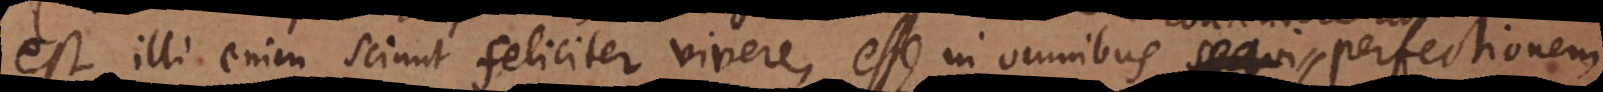
est, illi enim sciunt feliciter vivere, esse in omnibus sequi contendere